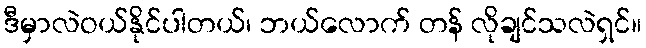
ဒီမှာလဲဝယ်နိုင်ပါတယ်၊ ဘယ်လောက် တန် လိုချင်သလဲရှင်။